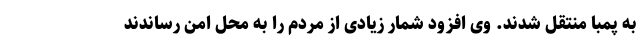
به پمبا منتقل شدند. وی افزود شمار زیادی از مردم را به محل امن رساندند